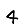
Digit: 4